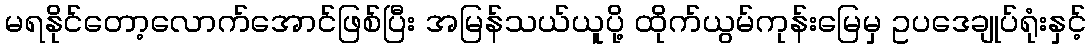
မရနိုင်တော့လောက်အောင်ဖြစ်ပြီး အမြန်သယ်ယူပို့ ထိုက်ယွမ်ကုန်းမြေမှ ဥပဒေချုပ်ရုံးနှင့်